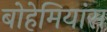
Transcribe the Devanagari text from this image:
बोहेमियांस